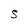
Character: S